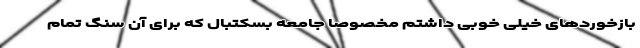
بازخوردهای خیلی خوبی داشتم مخصوصا جامعه بسکتبال که برای آن سنگ تمام